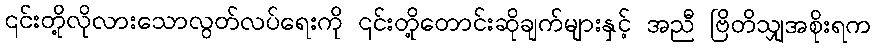
၎င်းတို့လိုလားသောလွတ်လပ်ရေးကို ၎င်းတို့တောင်းဆိုချက်များနှင့် အညီ ဗြိတိသျှအစိုးရက